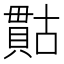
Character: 𮚙